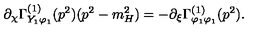
\partial _ { \chi } \Gamma _ { Y _ { 1 } \varphi _ { 1 } } ^ { ( 1 ) } ( p ^ { 2 } ) ( p ^ { 2 } - m _ { H } ^ { 2 } ) = - \partial _ { \xi } \Gamma _ { \varphi _ { 1 } \varphi _ { 1 } } ^ { ( 1 ) } ( p ^ { 2 } ) .